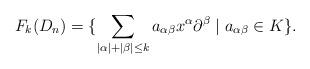
LaTeX: \begin{align*}F_k(D_n) = \{\sum_{|\alpha| + |\beta| \leq k}a_{\alpha\beta}x^\alpha\partial^\beta \mid a_{\alpha\beta}\in K\}. \end{align*}